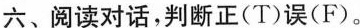
六、阅读对话,判断正(T)误(F)。